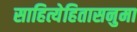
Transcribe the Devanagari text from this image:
साहित्येहितासनुमा